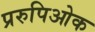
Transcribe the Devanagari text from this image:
प्ररुपिओक